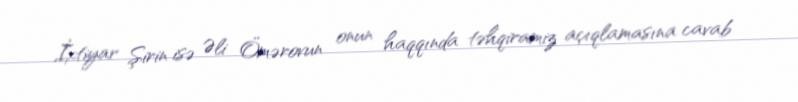
İxtiyar Şirin isə Əli Ömərovun onun haqqında təhqiramiz açıqlamasına cavab